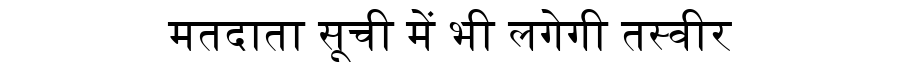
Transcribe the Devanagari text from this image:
मतदाता सूची में भी लगेगी तस्वीर